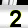
Digit: 2